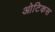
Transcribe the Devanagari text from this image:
ओटिकस